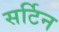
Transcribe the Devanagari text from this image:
सर्टिन